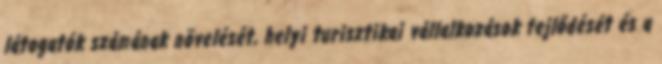
látogatók számának növelését, helyi turisztikai vállalkozások fejlődését és a